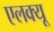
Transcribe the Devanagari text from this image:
एलक्यू